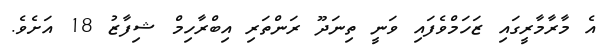
އެ މާރާމާރީގައި ޒަހަމްވެފައި ވަނީ ތިނަދޫ ރަންތަރި އިބްރާހިމް ޝިފާޒު 18 އަށެވެ.